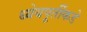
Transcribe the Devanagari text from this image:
ध्येयपूर्तीकडे